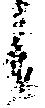
候